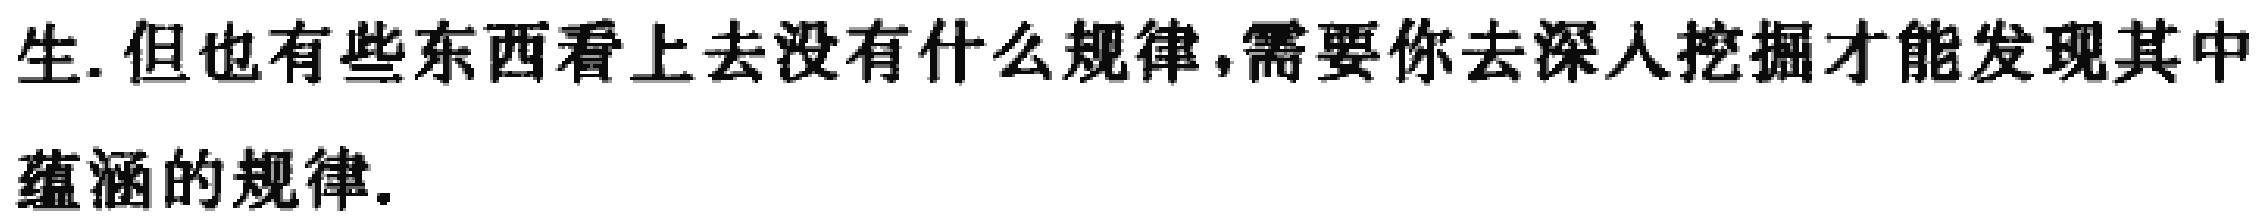
生. 但也有些东西看上去没有什么规律,需要你去深入挖掘才能发现其中

蕴涵的规律.